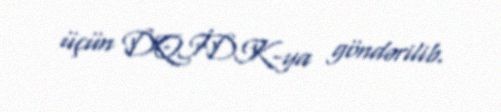
üçün DQİDK-ya göndərilib.